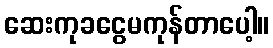
ဆေးကုခငွေမကုန်တာပေါ့။